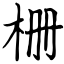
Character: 栅